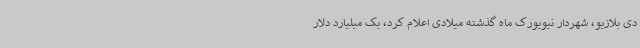
دی بلازیو، شهردار نیویورک ماه گذشته میلادی اعلام کرد، یک میلیارد دلار